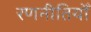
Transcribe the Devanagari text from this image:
रणनीतियोँ